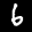
Label: 6